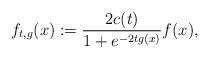
LaTeX: \begin{align*}f_{t,g}(x) := \frac{2c(t)}{1 + e^{-2tg(x)}}f(x),\end{align*}